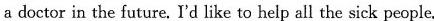
a doctor in the future. I'd like to help all the sick people,.